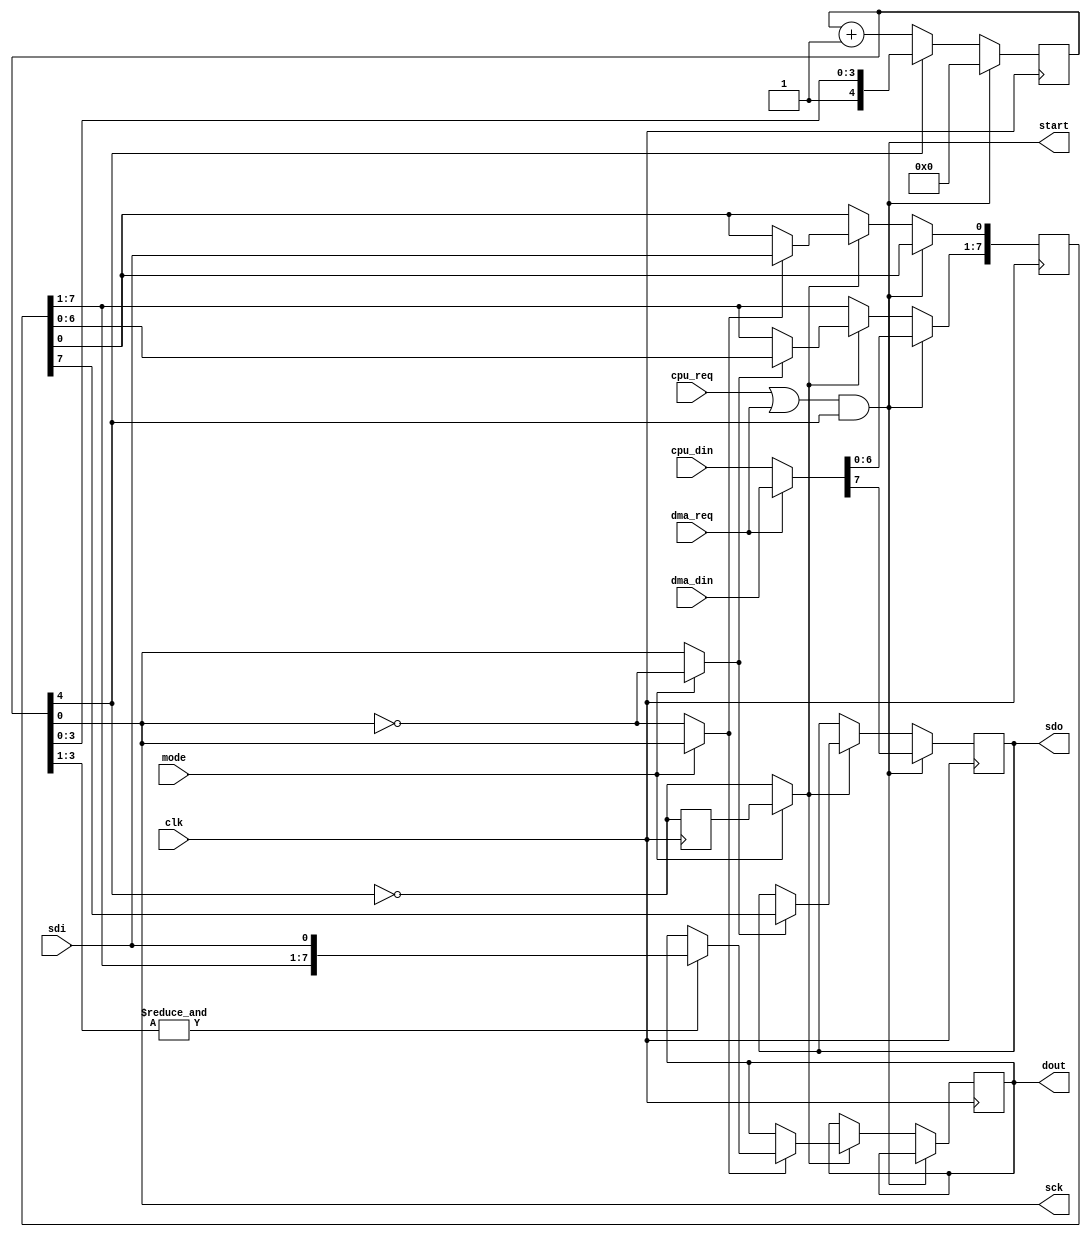
module spi
(
  // SPI wires
  input  wire       clk,      // system clock
  output wire       sck,      // SCK
  output reg        sdo,      // MOSI
  input  wire       sdi,      // MISO
  input  wire       mode,     // 0 - CPHA=0, CPOL=0 / 1 - CPHA=1, CPOL=0

  // DMA interface
  input  wire       dma_req,
  input  wire [7:0] dma_din,

  // Z80 interface
  input  wire       cpu_req,
  input  wire [7:0] cpu_din,

  // output
  output wire       start,    // start strobe, 1 clock length
  output reg  [7:0] dout
);

  reg [4:0] counter = 5'b10000;
  reg [7:0] shift = 0;
  reg busy_r;

  wire busy = !counter[4];
  wire req = cpu_req || dma_req;

  assign sck = counter[0];
  assign start = req && !busy;
  wire [7:0] din = dma_req ? dma_din : cpu_din;
  
  wire cpha = mode;
  
  always @(posedge clk)
  begin
    busy_r <= busy;

    if (start)
    begin
      counter <= 5'b0;
      sdo <= din[7];
      shift[7:1] <= din[6:0];
    end
    else
    begin
      if (!counter[4])
        counter <= counter + 5'd1;
        
      if (cpha ? busy_r : busy)
      begin
        // shift in
        if (cpha ? sck : !sck)
        begin
          shift[0] <= sdi;
  
          if (&counter[3:1])
            dout <= {shift[7:1], sdi};
        end
  
        // shift out
        if (cpha ? !sck : sck)
        begin
          sdo <= shift[7];
          shift[7:1] <= shift[6:0]; // last bit remains after end of exchange
        end
      end
    end
  end
endmodule